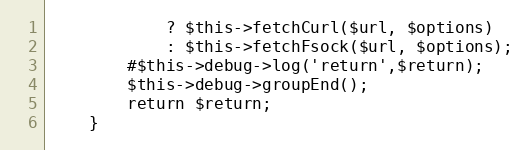
Language: PHP
            ? $this->fetchCurl($url, $options)
            : $this->fetchFsock($url, $options);
        #$this->debug->log('return',$return);
        $this->debug->groupEnd();
        return $return;
    }